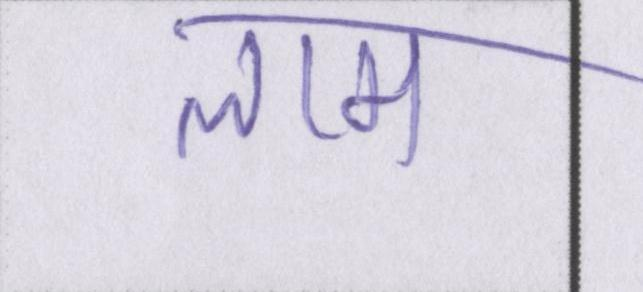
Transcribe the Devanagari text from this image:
लाम